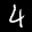
Label: 4